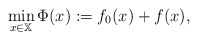
\begin{align*} \min_{x\in\mathbb{X}}\Phi(x):=f_0(x)+f(x), \end{align*}